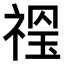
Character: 𥚼